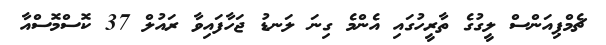
ޗެމްޕިއަންސް ލީގުގެ ތާރީހުގައި އެންމެ ގިނަ ލަނޑު ޖަހާފައިވާ ރައުލް 37 ކޮސްމޮސްއާ